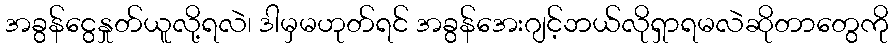
အခွန်ငွေနှုတ်ယူလို့ရလဲ၊ ဒါမှမဟုတ်ရင် အခွန်အေးဂျင့်ဘယ်လိုရှာရမလဲဆိုတာတွေကို